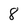
Character: 8